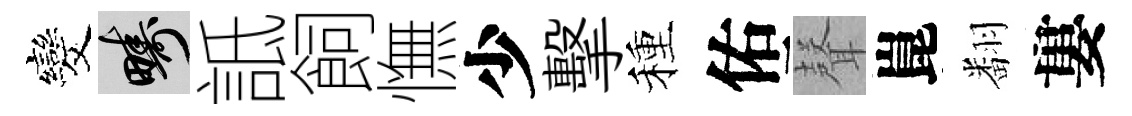
发疇詆飼憮少擊種佑𮋻崑翻婁